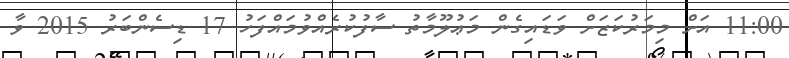
11:00 އަށް މިމަރުކަޒަށް ވަޑައިގެން މަޢުލޫމާތު ސާފުކުރެއްވުމައްފަހު 17 ޑިސެންބަރު 2015 ވާ